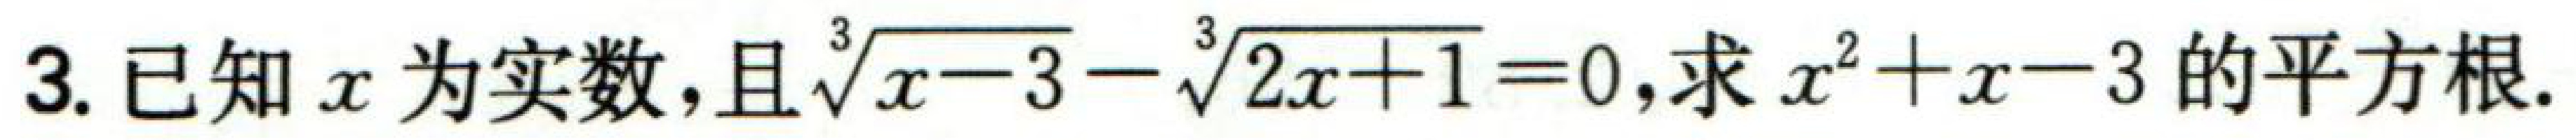
3. 已知\(x\)为实数，且\(\sqrt[3]{x - 3}-\sqrt[3]{2x + 1}=0\)，求\(x^{2}+x - 3\)的平方根.